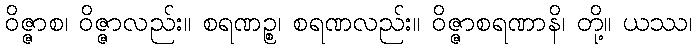
ဝိဇ္ဇာစ၊ ဝိဇ္ဇာလည်း။ စရဏဉ္စ၊ စရဏလည်း။ ဝိဇ္ဇာစရဏာနိ၊ တို့။ ယဿ၊